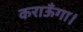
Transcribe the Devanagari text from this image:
कराऊँगा।